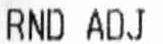
RND ADJ